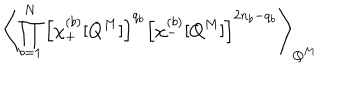
LaTeX: \left\langle \prod _ { b = 1 } ^ { N } \left[ \chi _ { + } ^ { ( b ) } [ Q ^ { M } ] \right] ^ { q _ { b } } \left[ \chi _ { - } ^ { ( b ) } [ Q ^ { M } ] \right] ^ { 2 n _ { b } - q _ { b } } \right\rangle _ { Q ^ { M } } \;